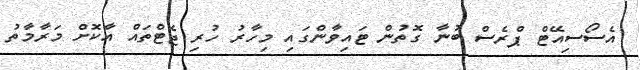
އެސޯސިއޭޓް ޕްރެސް ބުނާ ގޮތުން ޓައިވާންގައި މިހާރު ހުރި ޖެޓްތައް އާކޮށް މަރާމާތު